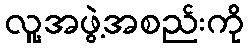
လူ့အဖွဲ့အစည်းကို